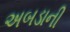
અબડાની